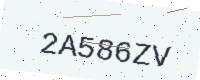
Text: 2A586ZV